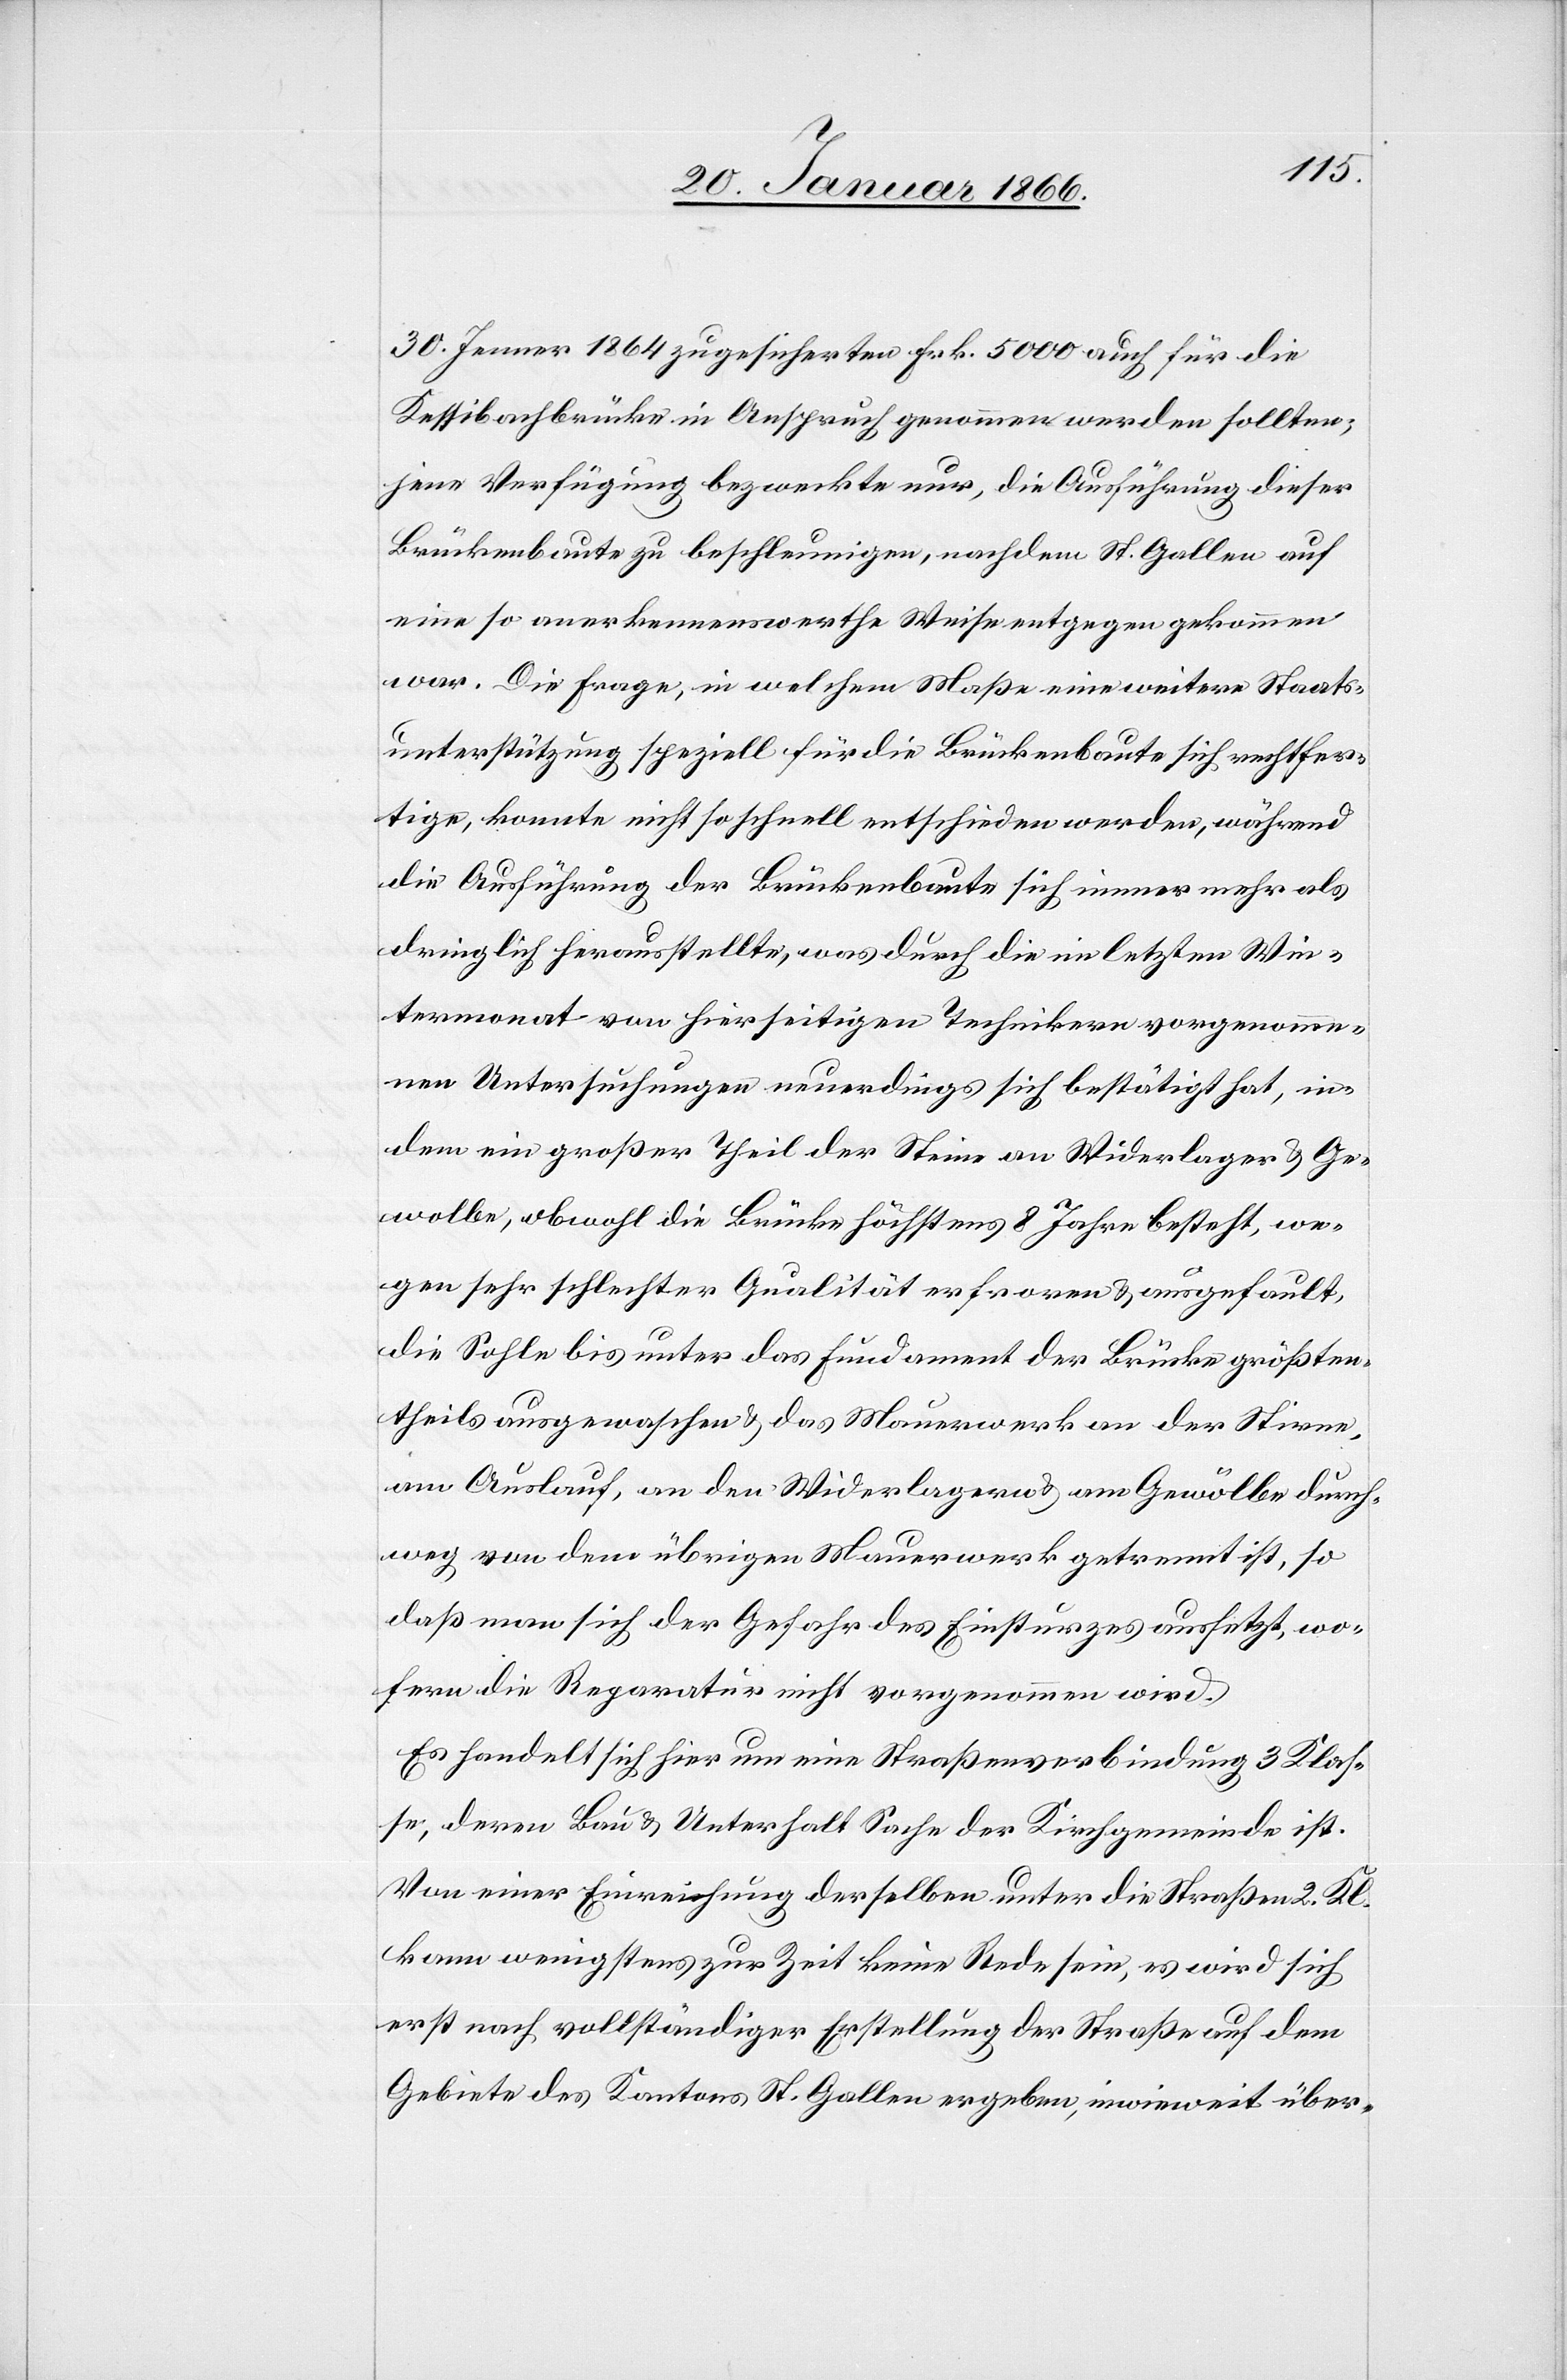
30. Jenner 1864 zugesicherten Frk. 5000 auch für die
Kessibachbrücke in Anspruch genommen werden sollten;
jene Verfügung bezweckte nur, die Ausführung dieser
Brückenbaute zu beschleunigen, nachdem St. Gallen auf
eine so anerkennenswerthe Weise entgegen gekommen
war. Die Frage, in welchem Maße eine weitere Staats¬
unterstützung speziell für die Brückenbaute sich rechtfer¬
tige, konnte nicht so schnell entschieden werden, während
die Ausführung der Brückenbaute sich immer mehr als
dringlich herausstellte, was durch die in letzten Win¬
termonat von hierseitigen Technikern vorgenomme¬
nen Untersuchungen neuerdings sich bestätigt hat, in¬
dem ein großer Theil der Steine an Widerlager u. Ge¬
wolbe, obwohl die Brücke höchstens 8 Jahre besteht, we¬
gen sehr schlechter Qualität erfroren u. ausgefault,
die Sohle bis unter das Fundament der Brücke größten¬
theils ausgewaschen u. das Mauerwerk an der Stirne,
am Auslauf, an den Widerlagern u. am Gewölbe durch¬
weg von dem übrigen Mauerwerk getrennt ist, so
daß man sich der Gefahr des Einstürzens aussetzt, wofern
[sic!] die Reparatur nicht vorgenommen wird.
Es handelt sich hier um eine Straßenverbindung 3 Klas¬
se, deren Bau u. Unterhalt Sache der Kirchgemeinde ist.
Von einer Einreihung derselben unter die Straßen 2. Kl.
kann wenigstens zur Zeit keine Rede sein, es wird sich
erst nach vollständiger Erstellung der Straße auf dem
Gebiete des Kantons St. Gallen ergeben, inwieweit über-